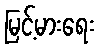
မြင့်မားရေး